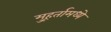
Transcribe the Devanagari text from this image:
मुहूर्तामध्ये